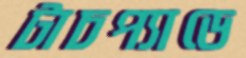
টাচপ্যাডে